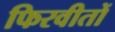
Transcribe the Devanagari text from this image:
फिरवीतों